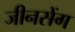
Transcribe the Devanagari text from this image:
जीनसेंग